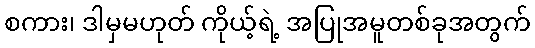
စကား၊ ဒါမှမဟုတ် ကိုယ့်ရဲ့ အပြုအမူတစ်ခုအတွက်